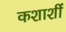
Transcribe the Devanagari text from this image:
कशाशीं